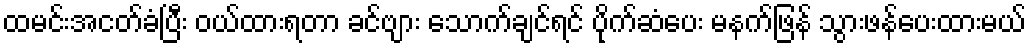
ထမင်းအငတ်ခံပြီး ဝယ်ထားရတာ ခင်ဗျား သောက်ချင်ရင် ပိုက်ဆံပေး မနက်ဖြန် သွားဖန်ပေးထားမယ်